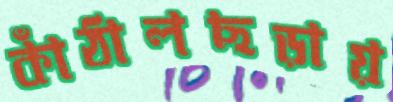
কাঁঠালছড়ায়